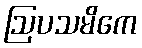
ဩပသမိကေ